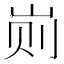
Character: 𰎖